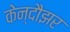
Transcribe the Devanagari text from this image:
केन्दौझर